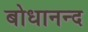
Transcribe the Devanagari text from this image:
बोधानन्द